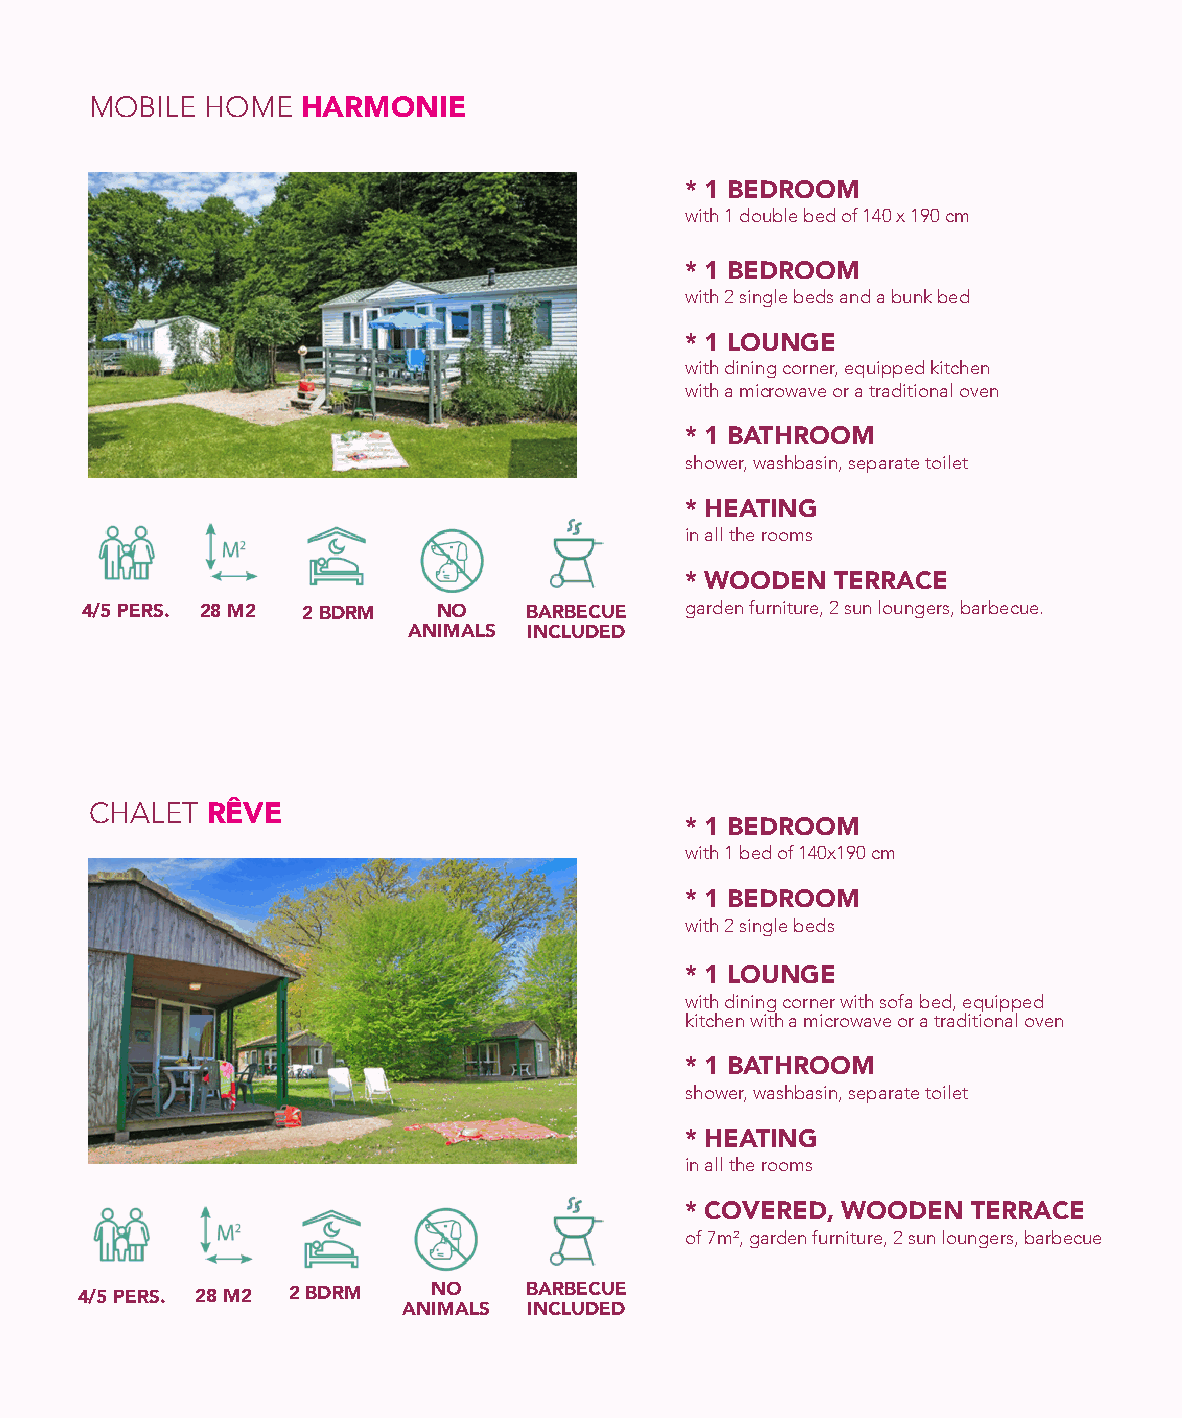
MOBILE  HOME  HARMONIE
 * 1 BEDROOM
 with 1 double bed of 140 x 190 cm
 * 1 BEDROOM
 with 2 single beds and a bunk bed
 * 1 LOUNGE
 with dining corner, equipped kitchen
 with a microwave or a traditional oven
 * 1 BATHROOM
 shower, washbasin, separate toilet
 * HEATING
 in all the rooms
 * WOODEN  TERRACE
 garden furniture, 2 sun loungers, barbecue.
 4/5 PERS. 28 M2 2 BDRM  NO    BARBECUE
 ANIMALS INCLUDED
 CHALET  RÊVE
 * 1 BEDROOM
 with 1 bed of 140x190 cm
 * 1 BEDROOM
 with 2 single beds
 * 1 LOUNGE
 with dining corner with sofa bed, equipped
 kitchen with a microwave or a traditional oven
 * 1 BATHROOM
 shower, washbasin, separate toilet
 * HEATING
 in all the rooms
 * COVERED, WOODEN  TERRACE
 of 7m², garden furniture, 2 sun loungers, barbecue
 4/5 PERS. 28 M2 2 BDRM NO     BARBECUE
 ANIMALS INCLUDED